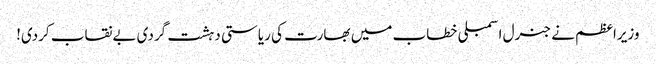
وزیراعظم نے جنرل اسمبلی خطاب میں بھارت کی ریاستی دہشت گردی بےنقاب کردی!